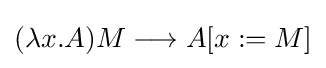
(\mathbf {\lambda } x.A)M\longrightarrow A[x:=M]